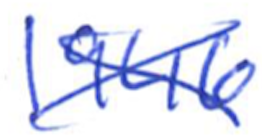
Text: 1946
Cross-out: cross
Writing tool: ballpoint